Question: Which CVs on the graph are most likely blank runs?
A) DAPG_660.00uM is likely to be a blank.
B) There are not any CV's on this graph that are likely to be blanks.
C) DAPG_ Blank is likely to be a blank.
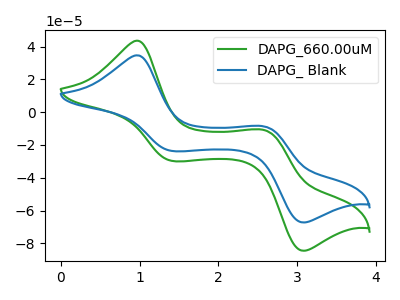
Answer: <think>The green curve "DAPG_660.00uM" has anodic peaks at (0.95V, 43.65uA) (2.60V, -11.05uA) and cathodic peaks at (1.40V, -29.75uA) (3.10V, -84.60uA). The blue curve "DAPG_ Blank" has anodic peaks at (0.95V, 34.75uA) (2.60V, -8.80uA) and cathodic peaks at (1.40V, -23.70uA) (3.10V, -67.30uA).</think>
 <answer>B) There are not any CV's on this graph that are likely to be blanks.</answer>
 <eval>B</eval>